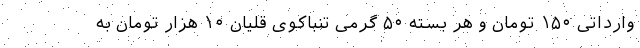
وارداتی ۱۵۰ تومان و هر بسته ۵۰ گرمی تنباکوی قلیان ۱۰ هزار تومان به